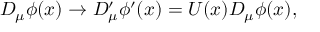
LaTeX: D _ { \mu } \phi ( x ) \rightarrow D _ { \mu } ^ { \prime } \phi ^ { \prime } ( x ) = U ( x ) D _ { \mu } \phi ( x ) ,